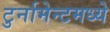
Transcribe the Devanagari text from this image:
टुर्नामेन्टमध्ये